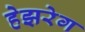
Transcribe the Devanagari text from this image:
हेझरेग